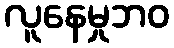
လူနေမှုဘဝ